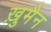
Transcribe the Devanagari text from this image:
ख़ुमैन